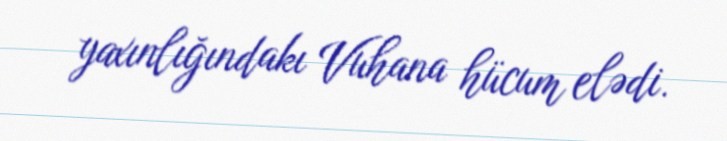
yaxınlığındakı Vuhana hücum elədi.